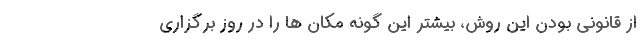
از قانونی بودن این روش، بیشتر این گونه مکان ها را در روز برگزاری